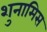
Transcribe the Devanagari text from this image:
शुनामिस